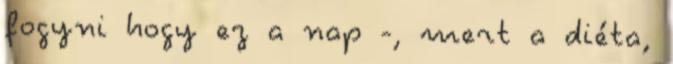
fogyni hogy ez a nap -, mert a diéta,